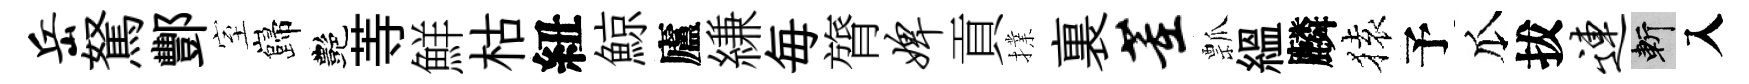
岳駑酆室巋艷䓁鮮枯紐鯨廬縑毎膂婢貢擈裏董瓢緼麟𫞤予瓜拔连斬入